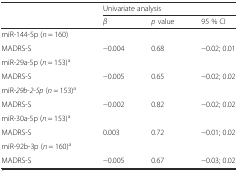
<table><thead><tr><td></td><td colspan="3"><b>Univariate analysis</b></td></tr><tr><td></td><td><b><i>β</i></b></td><td><b><i>p</i> value</b></td><td><b>95 % CI</b></td></tr></thead><tbody><tr><td>miR-144-5p (<i>n</i> = 160)</td><td></td><td></td><td></td></tr><tr><td>MADRS-S</td><td>−0.004</td><td>0.68</td><td>−0.02; 0.01</td></tr><tr><td>miR-29a-5p (<i>n</i> = 153)<sup>a</sup></td><td></td><td></td><td></td></tr><tr><td>MADRS-S</td><td>−0.005</td><td>0.65</td><td>−0.02; 0.02</td></tr><tr><td>miR-<i>29b</i>-<i>2</i>-<i>5p</i> (<i>n</i> = 153)<sup>a</sup></td><td></td><td></td><td></td></tr><tr><td>MADRS-S</td><td>−0.002</td><td>0.82</td><td>−0.02; 0.02</td></tr><tr><td>miR-30a-5p (<i>n</i> = 153)<sup>a</sup></td><td></td><td></td><td></td></tr><tr><td>MADRS-S</td><td>0.003</td><td>0.72</td><td>−0.01; 0.02</td></tr><tr><td>miR-92b-3p (<i>n</i> = 160)<sup>a</sup></td><td></td><td></td><td></td></tr><tr><td>MADRS-S</td><td>−0.005</td><td>0.67</td><td>−0.03; 0.02</td></tr></tbody></table>